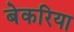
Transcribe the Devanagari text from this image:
बेकरिया